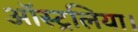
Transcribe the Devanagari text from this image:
ऑस्ट्रलिया।